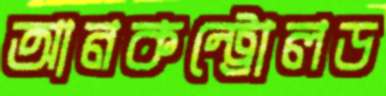
আনকন্ট্রোলড